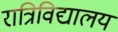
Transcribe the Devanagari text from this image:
रात्रिविद्यालय